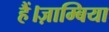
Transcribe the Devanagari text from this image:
हैं।ज़ाम्बिया